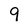
Character: 9